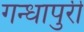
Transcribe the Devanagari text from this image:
गन्धापुरी